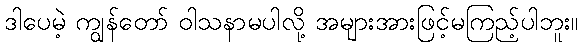
ဒါပေမဲ့ ကျွန်တော် ဝါသနာမပါလို့ အများအားဖြင့်မကြည့်ပါဘူး။